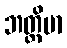
ဘတ္တိမာ